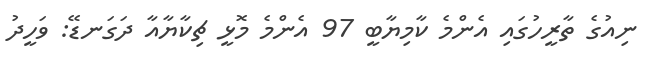
ނިއުގެ ތާރީހުގައި އެންމެ ކާމިޔާބީ 97 އެންމެ މޮޅީ ޗިކާޔާއާ ދަގަނޑޭ: ވަހީދު